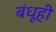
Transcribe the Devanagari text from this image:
बंधूही